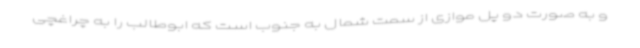
و به صورت دو پل موازی از سمت شمال به جنوب است که ابوطالب را به چراغچی